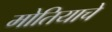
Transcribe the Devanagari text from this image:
मोतियाचे